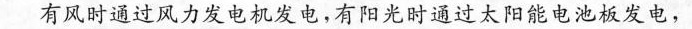
有风时通过风力发电机发电，有阳光时通过太阳能电池板发电，